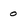
Character: 0